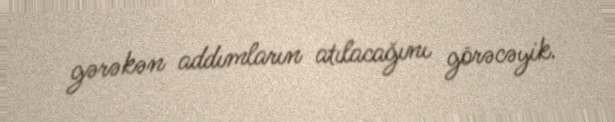
gərəkən addımların atılacağını görəcəyik.